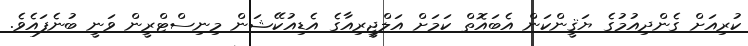
ކުރިއަށް ގެންދިއުމުގެ ޔަޤީންކަން އެބައޮތް ކަމަށް އަލްޖީރިއާގެ އެޑިއުކޭޝަން މިނިސްޓްރީން ވަނީ ބުނެފައެވެ.